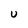
Character: U